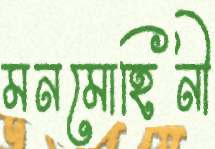
মনমোহিনী